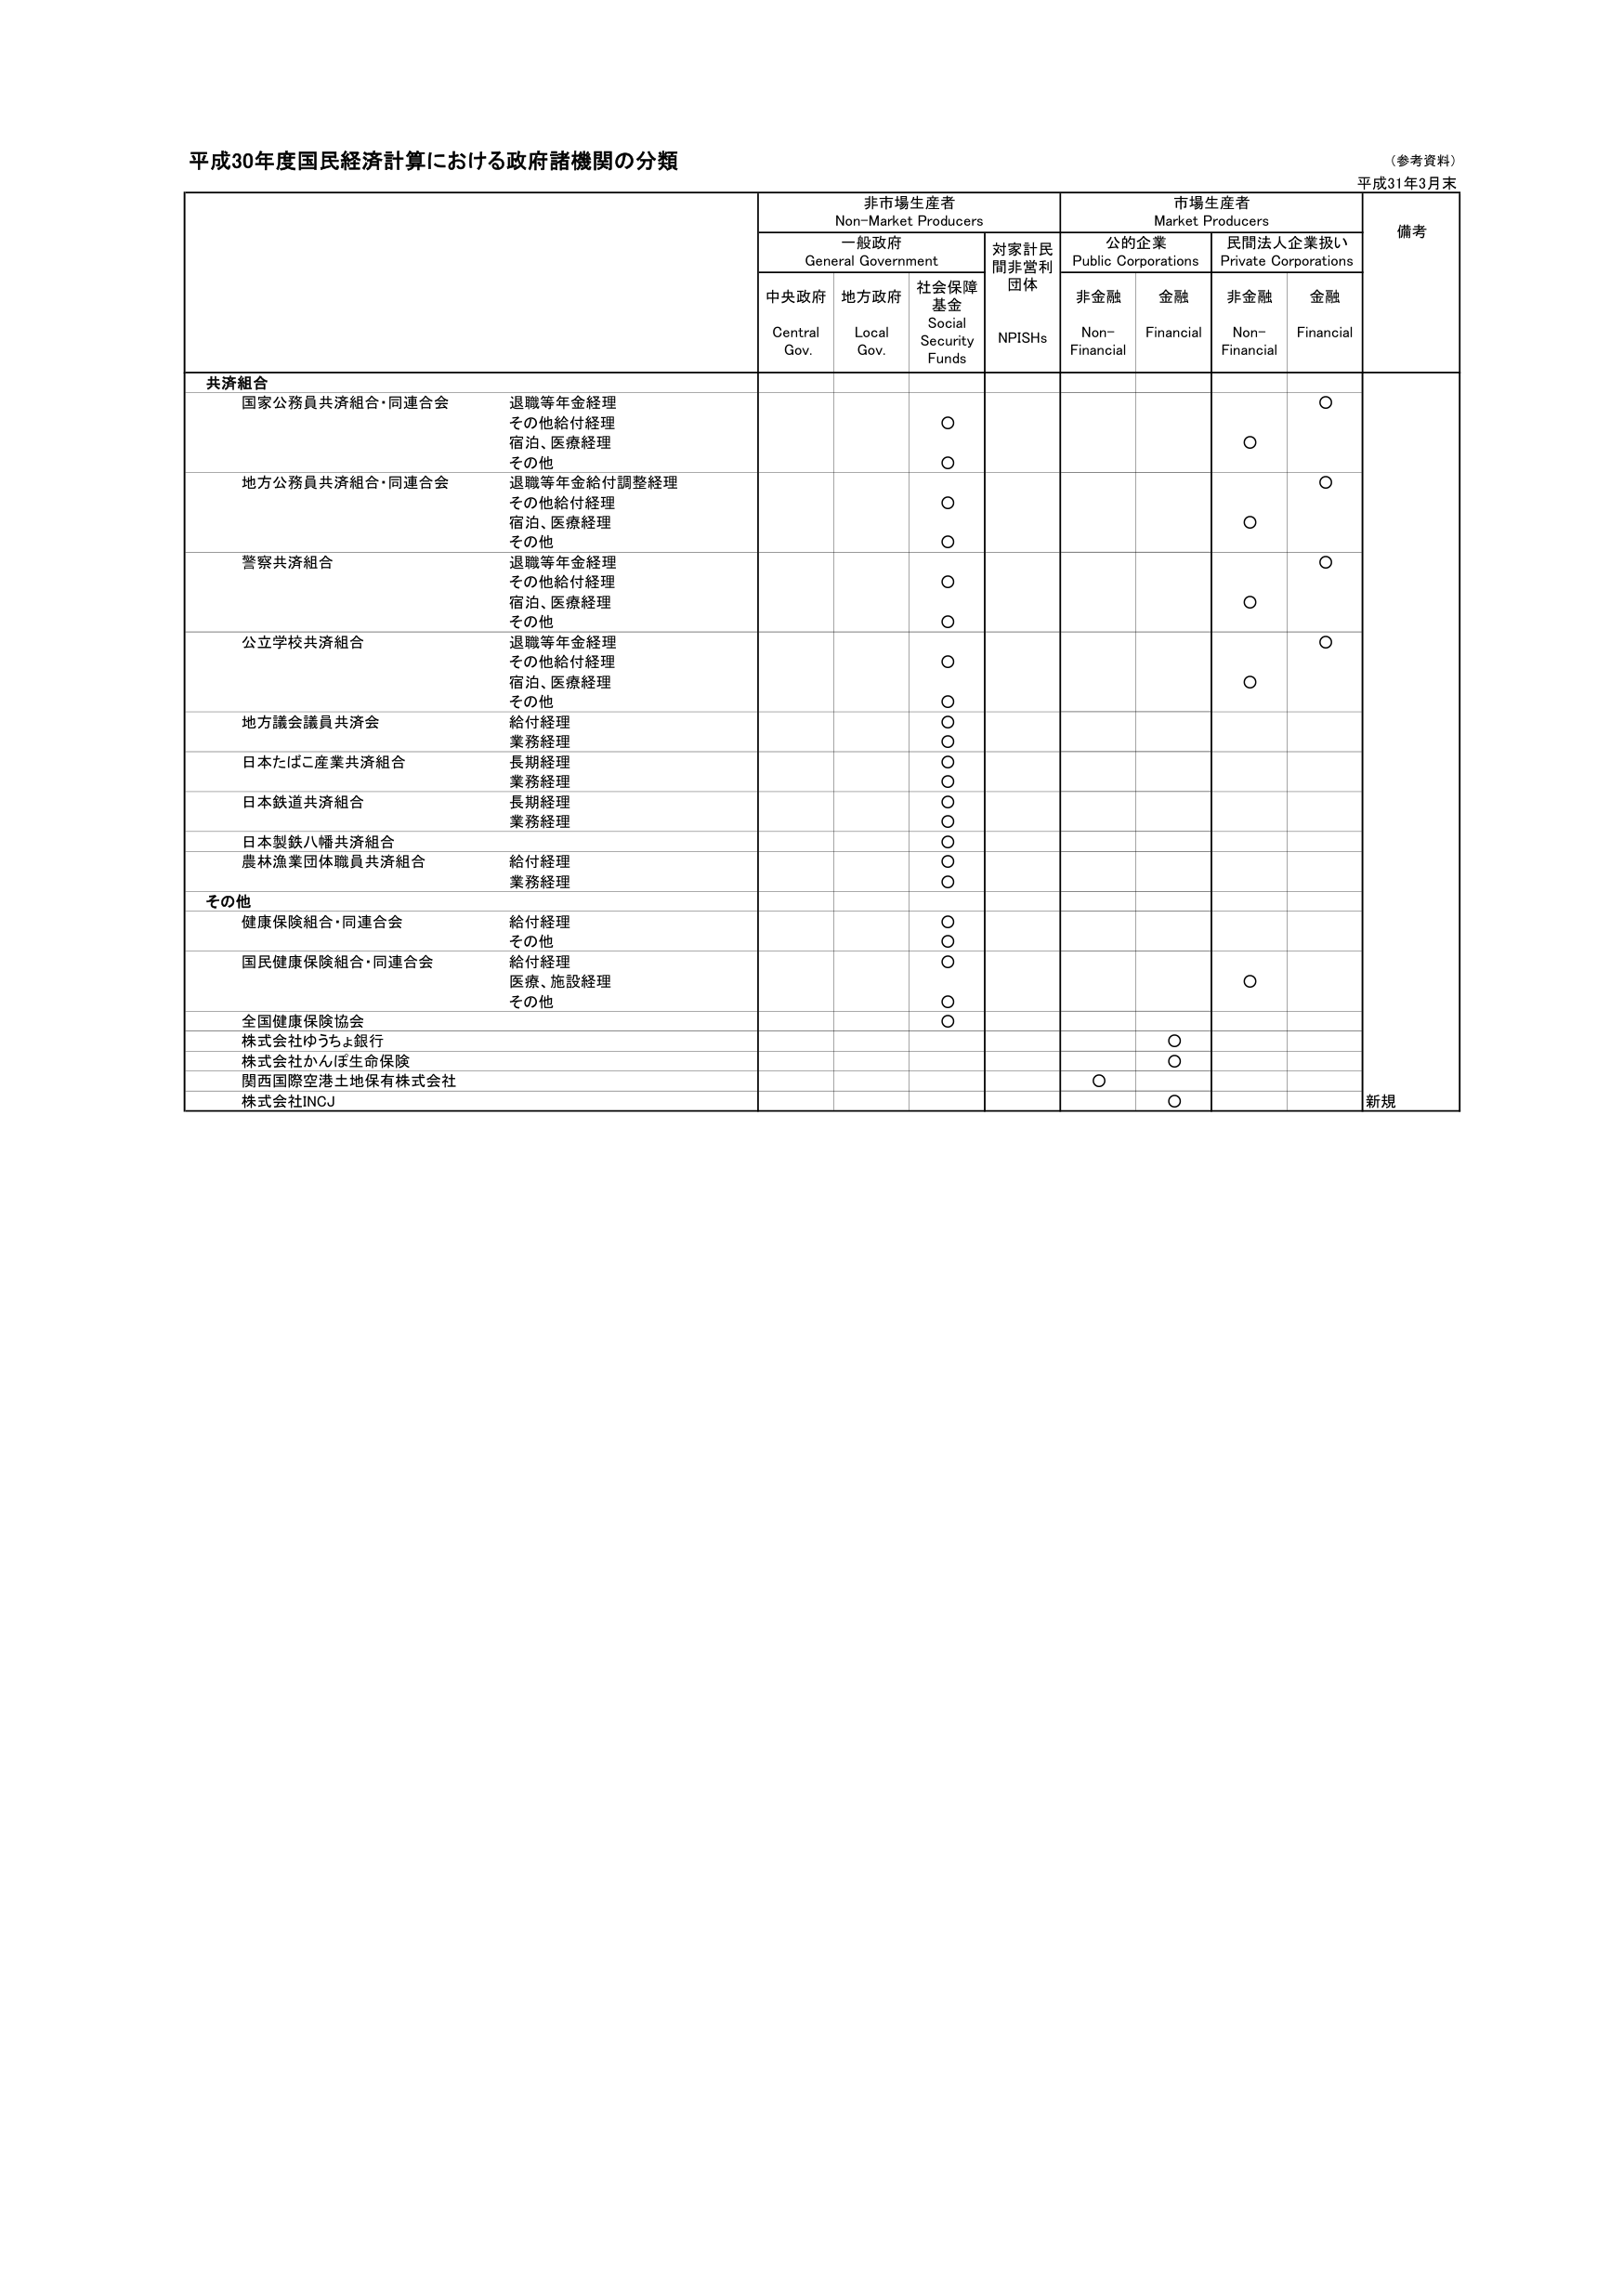
平成30年度国民経済計算における政府諸機関の分類
（参考資料）
平成31年3月末

非市場生産者
Non-Market Producers
市場生産者
Market Producers
備考

一般政府
General Government
対家計民間非営利団体
NPISHs
公の企業
Public Corporations
民間法人企業扱い
Private Corporations

中央政府
Central Gov.
地方政府
Local Gov.
社会保障基金
Social Security Funds
非金融
Non-Financial
金融
Financial
非金融
Non-Financial
金融
Financial

共済組合

国家公務員共済組合・同連合会
退職等年金経理
その他給付経理
宿泊、医療経理
その他
○
○
○

地方公務員共済組合・同連合会
退職等年金給付調整経理
その他給付経理
宿泊、医療経理
その他
○
○
○

警察共済組合
退職等年金経理
その他給付経理
宿泊、医療経理
その他
○
○
○

公立学校共済組合
退職等年金経理
その他給付経理
宿泊、医療経理
その他
○
○
○

地方議会議員共済会
給付経理
業務経理
○
○

日本たばこ産業共済組合
長期経理
業務経理
○
○

日本鉄道共済組合
長期経理
業務経理
○
○

日本製鉄八幡共済組合
○

農林漁業団体職員共済組合
給付経理
業務経理
○
○

その他

健康保険組合・同連合会
給付経理
その他
○
○

国民健康保険組合・同連合会
給付経理
医療、施設経理
その他
○
○

全国健康保険協会
○

株式会社ゆうちょ銀行
○

株式会社かんぽ生命保険
○

関西国際空港土地保有株式会社
○

株式会社INCJ
○
新規